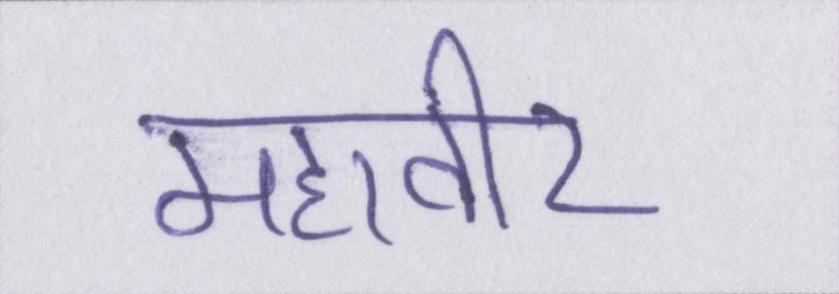
महावीर